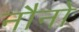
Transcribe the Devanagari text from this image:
नौनो